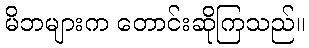
မိဘများက တောင်းဆိုကြသည်။